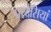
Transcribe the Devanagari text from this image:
परदेसियां